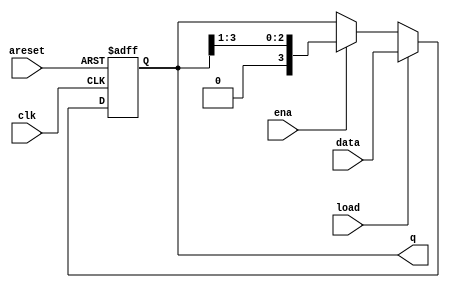
module top_module(
    input               clk,
    input               areset,
    input               load,
    input               ena,
    input       [3:0]   data,
    output  reg [3:0]   q
); 

    wire    [3:0]   q_next;
    always @(posedge clk, posedge areset) begin
        if (areset)
            q <= '0;
        else
            q <= q_next;
    end


    assign q_next = (load) ? data :
                             (ena ? {1'b0, q[3:1]} : q);

endmodule